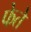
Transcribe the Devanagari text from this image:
फेते